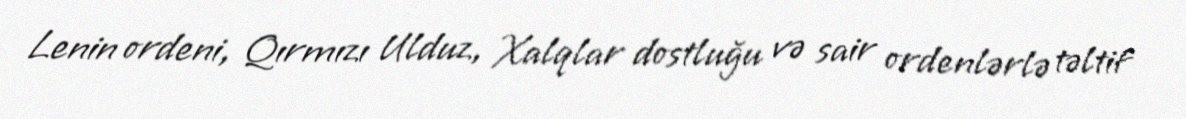
Lenin ordeni, Qırmızı Ulduz, Xalqlar dostluğu və sair ordenlərlə təltif